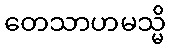
တေသာဟမသ္မိ